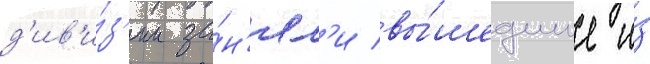
д'ив'и́з'ии за́н'ял'и вы́шедшие и́з